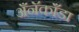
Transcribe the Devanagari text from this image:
अँनॅकाँडा